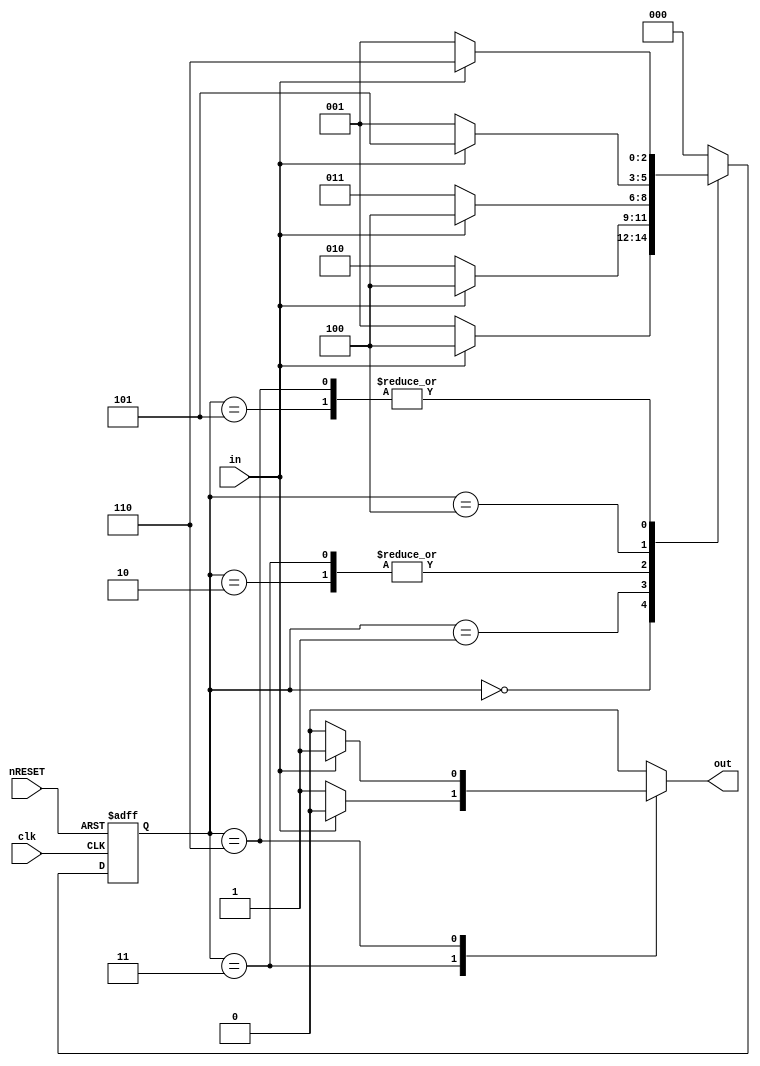
`define INIT 1'b0
`define ONE 2'b01
`define TWO 2'b10
`define THREE 2'b11
`define FOUR 3'b100
`define FIVE 3'b101
`define SIX 3'b110

module Mealy (nRESET, clk, in, out);
	input nRESET, clk, in;
	output out;
	reg [2:0] curState, nextState;
	reg out;
	
	always @(posedge clk or negedge nRESET)		//  Reset
		if (!nRESET) curState <=`INIT;				// Reset curState INIT 
		else curState <= nextState;					// nextState curState 
		
	always @(curState or in)
		casex (curState)
			`INIT:							// init
				if(in == 0) begin			// 0
					nextState = `ONE;
					out = 1'b0;
				end
				else begin					// 1
					nextState = `FOUR;
					out = 1'b0;
				end
				
			`ONE:								// 0
				if(in == 0) begin			// 00
					nextState = `TWO;
					out =1'b0;
				end
				else begin
					nextState = `FOUR;	// 1
					out = 1'b0;
				end
			`TWO:								// 00
				if(in == 0) begin			// 000
					nextState = `THREE;
					out =1'b0;
				end
				else begin
					nextState = `FOUR;	// 1
					out = 1'b0;
				end
			`THREE:							// 000
				if(in == 0) begin			// 0000
					nextState = `THREE;
					out =1'b1;
				end
				else begin
					nextState = `FOUR;	// 1
					out = 1'b0;
				end
				
				
			`FOUR:							// 1
				if(in == 1) begin			// 11
					nextState = `FIVE;
					out =1'b0;
				end
				else begin
					nextState = `ONE;		// 0
					out = 1'b0;
				end
			`FIVE:							// 11
				if(in == 1) begin			// 111
					nextState = `SIX;
					out =1'b0;
				end
				else begin
					nextState = `ONE;		// 0
					out = 1'b0;
				end
			`SIX:								// 111
				if(in == 1) begin			// 1111
					nextState = `SIX;
					out =1'b1;
				end
				else begin
					nextState = `ONE;		// 0
					out = 1'b0;
				end
				
			default:begin
				nextState =`INIT;
				out = 1'b0;
			end
		endcase
endmodule